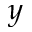
y